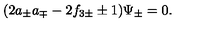
( 2 a _ { \pm } a _ { \mp } - 2 f _ { 3 \pm } \pm 1 ) \Psi _ { \pm } = 0 .